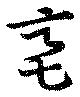
亳